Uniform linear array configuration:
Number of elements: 4
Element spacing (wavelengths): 0.25
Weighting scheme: hamming
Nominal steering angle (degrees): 60
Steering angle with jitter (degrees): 61.2
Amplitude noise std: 0.05
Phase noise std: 0.05

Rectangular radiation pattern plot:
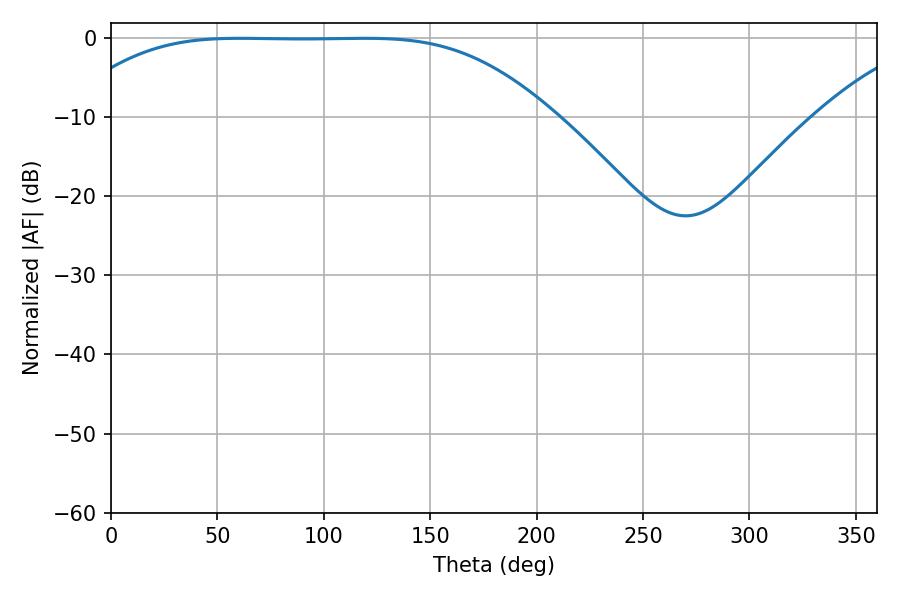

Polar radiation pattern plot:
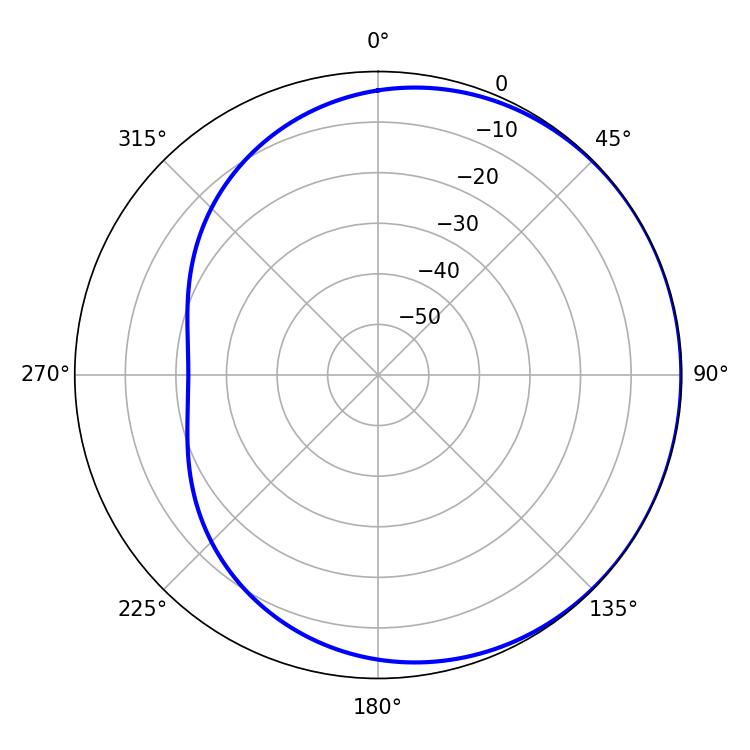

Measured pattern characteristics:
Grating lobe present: FALSE
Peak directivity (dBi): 0.4747
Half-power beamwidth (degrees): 169.92
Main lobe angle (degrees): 60.66